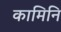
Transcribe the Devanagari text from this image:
कामिनि